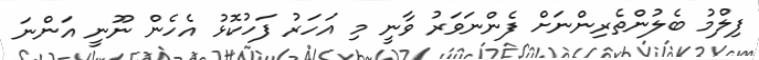
ފިލްމު ބެލުންތެރިންނަށް ފެންނަވަރު ވާނީ މި އަހަރު ފަހުކޮޅު އެހެން ނޫނީ އަންނަ